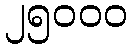
၂၅၀၀၀